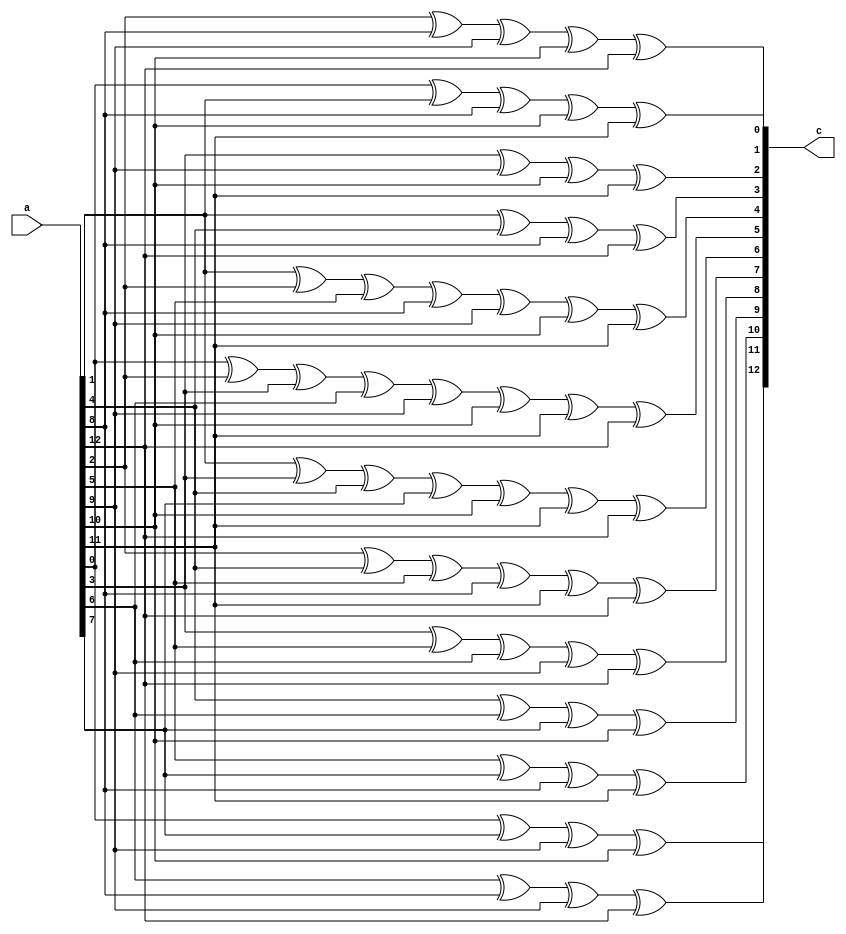
module multiply_3967(a,c);

input [12:0]a;
output [12:0] c;
wire   [12:0] c;

assign c[0] =a[0]^a[1]^a[8]^a[10]^a[11];
assign c[1] =a[2]^a[8]^a[9]^a[10]^a[12];
assign c[2] =a[3]^a[9]^a[10]^a[11];
assign c[3] =a[1]^a[4]^a[8]^a[12];
assign c[4] =a[1]^a[2]^a[5]^a[8]^a[9]^a[10]^a[11];
assign c[5] =a[0]^a[2]^a[3]^a[6]^a[9]^a[10]^a[11]^a[12];
assign c[6] =a[1]^a[3]^a[4]^a[7]^a[10]^a[11]^a[12];
assign c[7] =a[2]^a[4]^a[5]^a[8]^a[11]^a[12];
assign c[8] =a[3]^a[5]^a[6]^a[9]^a[12];
assign c[9] =a[4]^a[6]^a[7]^a[10];
assign c[10] =a[5]^a[7]^a[8]^a[11];
assign c[11] =a[6]^a[8]^a[9]^a[12];
assign c[12] =a[0]^a[7]^a[9]^a[10];



endmodule